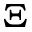
\Xi